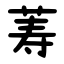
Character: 䓓